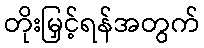
တိုးမြှင့်ရန်အတွက်